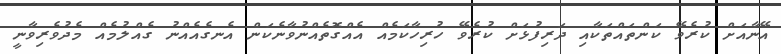
އޭނާއަށް ކުރެވޭ ކަންތައްތަކާއި ދަރިފުޅަށް ކުރެވޭ ހުރިހާކަމެއް އެއްގޮތެއްނުވާނެކަން އެނގެއެއްނު ގެއްލުމެއް މެދުވެރިވާނީ